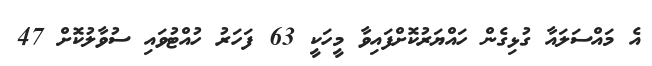
އެ މައްސަލައާ ގުޅިގެން ހައްޔަރުކޮށްފައިވާ މީހަކީ 63 ފަހަރު ހުއްޓުވައި ސުވާލުކޮށް 47